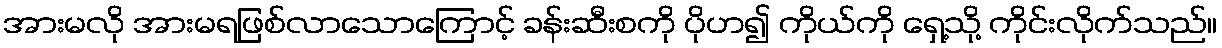
အားမလို အားမရဖြစ်လာသောကြောင့် ခန်းဆီးစကို ပိုဟ၍ ကိုယ်ကို ရှေ့သို့ ကိုင်းလိုက်သည်။